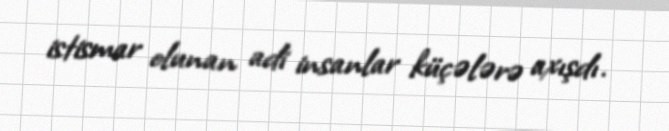
istismar olunan adi insanlar küçələrə axışdı.